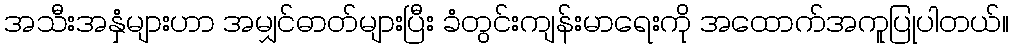
အသီးအနှံများဟာ အမျှင်ဓာတ်များပြီး ခံတွင်းကျန်းမာရေးကို အထောက်အကူပြုပါတယ်။